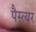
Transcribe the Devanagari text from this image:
पैस्त्यर